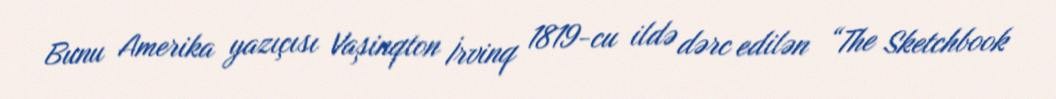
Bunu Amerika yazıçısı Vaşinqton İrvinq 1819-cu ildə dərc edilən “The Sketchbook